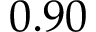
0 . 9 0